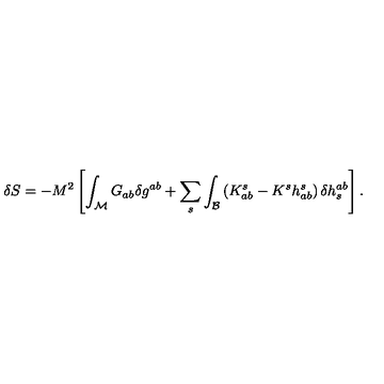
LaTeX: \delta S = - M ^ { 2 } \left[ \int _ { \mathcal M } G _ { a b } \delta g ^ { a b } + \sum _ { s } \int _ { \mathcal B } \left( K _ { a b } ^ { s } - K ^ { s } h _ { a b } ^ { s } \right) \delta h _ { s } ^ { a b } \right] .